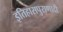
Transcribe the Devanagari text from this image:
इतिहासपुराणादी